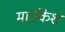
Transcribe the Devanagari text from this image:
मार्राकेश